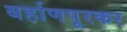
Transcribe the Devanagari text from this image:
बर्हाणपूरकर